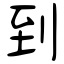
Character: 到